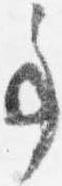
事